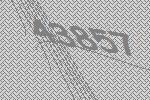
43857